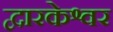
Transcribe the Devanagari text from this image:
द्वारकेश्वर